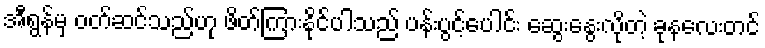
အီရွန်မှ ဝတ်ဆင်သည်ဟု ဖိတ်ကြားနိုင်ပါသည် ပန်းပွင့်ပေါင်း ဆွေးနွေးလိုတဲ့ ခုနလေးတင်